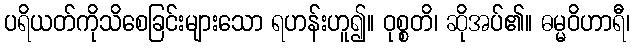
ပရိယတ်ကိုသိစေခြင်းများသော ရဟန်းဟူ၍။ ဝုစ္စတိ၊ ဆိုအပ်၏။ ဓမ္မဝိဟာရီ၊